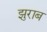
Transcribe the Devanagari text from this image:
झुराब